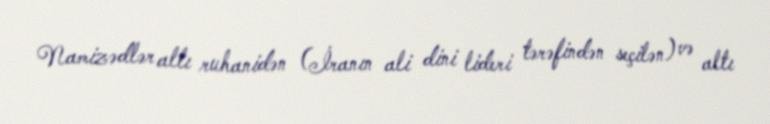
Namizədlər altı ruhanidən (İranın ali dini lideri tərəfindən seçilən) və altı